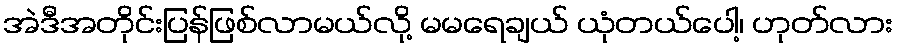
အဲဒီအတိုင်းပြန်ဖြစ်လာမယ်လို့ မမရေချယ် ယုံတယ်ပေါ့၊ ဟုတ်လား